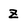
Character: z